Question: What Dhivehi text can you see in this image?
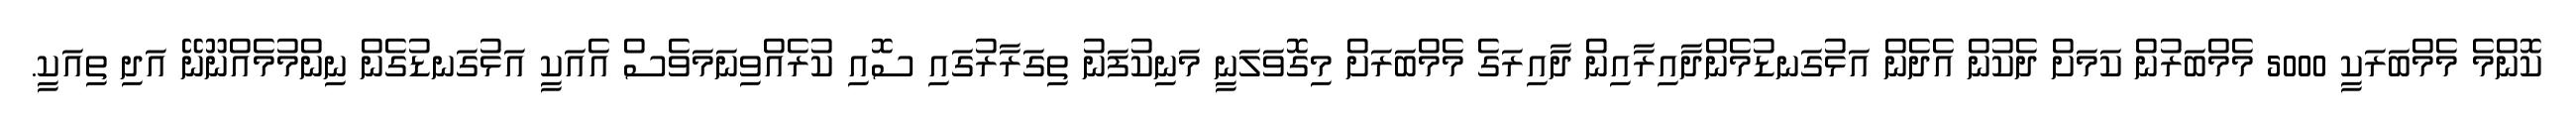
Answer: ކޮންމެ މެމްބަރަކީ 5000 މެމްބަރުން ކަމަށް ދެކުން އެދެން އަޅުގަނޑުމެންދާއިރާއިން ދާއިރަގެ މެމްބަރަށް މިގޮވަލަނީ މަނިކުފަނު ތިގަރާރުގައި ސޮއި ކުރެއްވިނަމަވެސް އެއަކީ އަޅުގަނޑުގެން ނިންމުމެއްނޫނޭ އަދި ތިއަކީ.